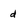
Character: d